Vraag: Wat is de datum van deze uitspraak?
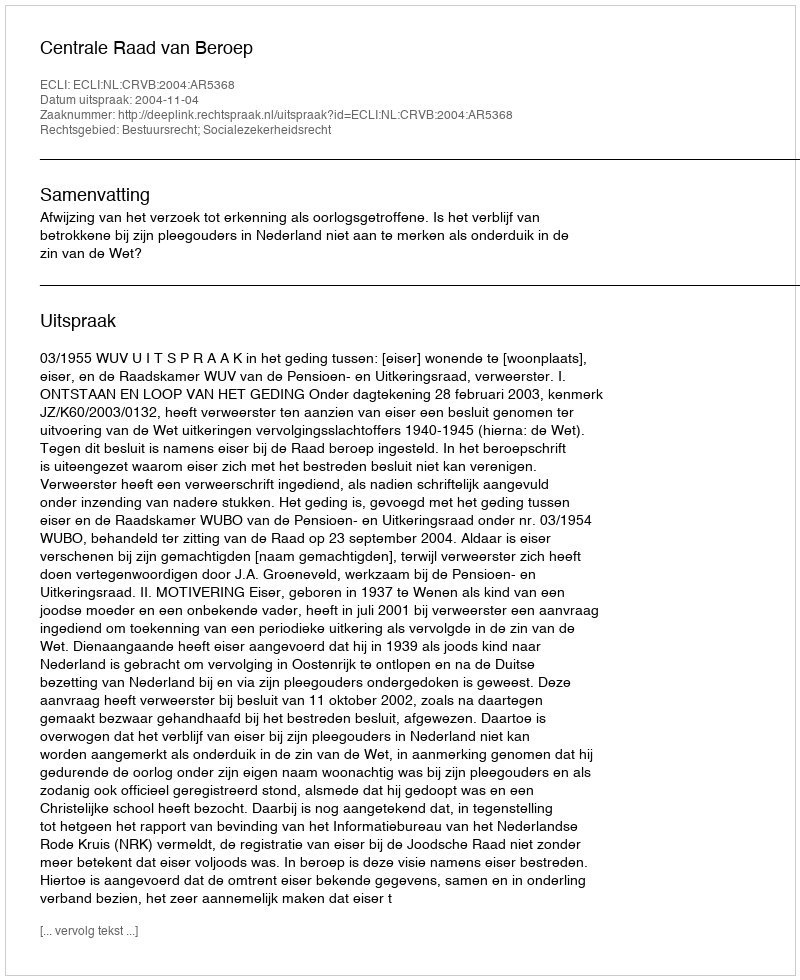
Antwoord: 2004-11-04